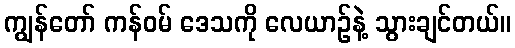
ကျွန်တော် ကန်ဝမ် ဒေသကို လေယာဉ်နဲ့ သွားချင်တယ်။